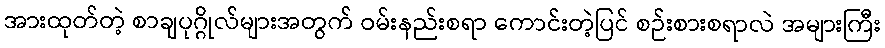
အားထုတ်တဲ့ စာချပုဂ္ဂိုလ်များအတွက် ဝမ်းနည်းစရာ ကောင်းတဲ့ပြင် စဉ်းစားစရာလဲ အများကြီး